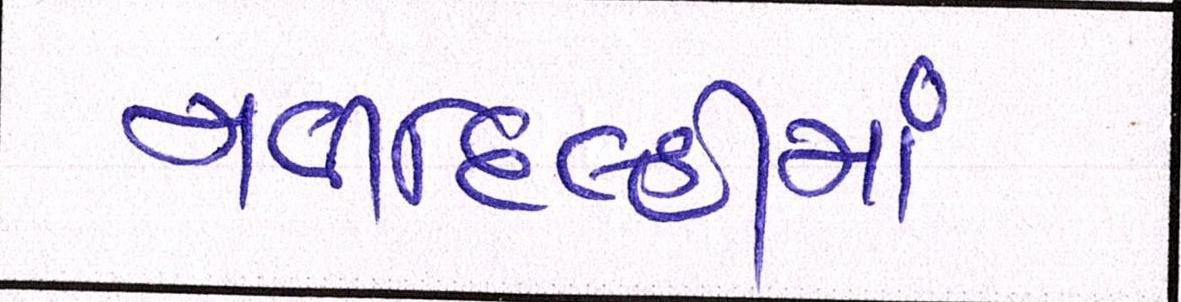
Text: નવીદિલ્હીમાં